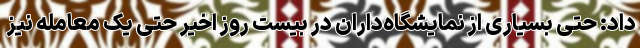
داد: حتی بسیاری از نمایشگاه‌داران در بیست روز اخیر حتی یک معامله نیز